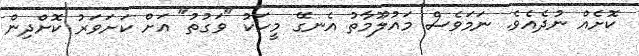
ކޮށެއް ނުދެއެވެ. ނަަމަވެސް މަައުލޫމާތު އެނގޭ މީހަކު "ވަގުތު" އަށް ކަށަވަރު ކޮށްދިން